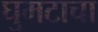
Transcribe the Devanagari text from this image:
घुमटाचा